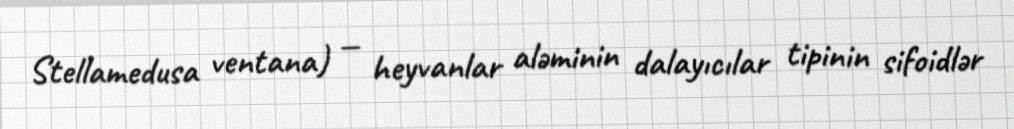
Stellamedusa ventana) — heyvanlar aləminin dalayıcılar tipinin sifoidlər